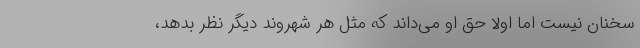
سخنان نیست اما اولا حق او می‌داند که مثل هر شهروند دیگر نظر بدهد،